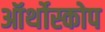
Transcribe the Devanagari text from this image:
ऑर्थोस्कोप